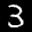
Label: 3